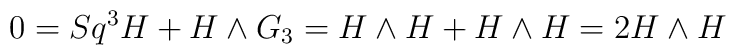
0=Sq^3 H+H\wedge G_3=H\wedge H+H\wedge H=2 H\wedge H